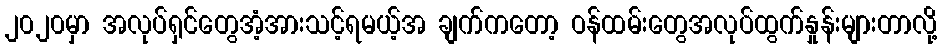
၂၀၂၀မှာ အလုပ်ရှင်တွေအံ့အားသင့်ရမယ့်အ ချက်ကတော့ ဝန်ထမ်းတွေအလုပ်ထွက်နှုန်းများတာလို့